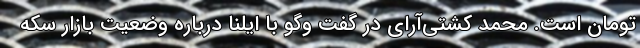
تومان است. محمد کشتی‌آرای در گفت وگو با ایلنا درباره وضعیت بازار سکه